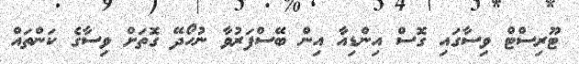
ޓޫރިސްޓް ވިސާގައި ގޮސް އިންޑިއާ އިން ބޭސްފަރުވާ ނުހޯދޭ ގޮތަށް ވިސާގެ ކަންތައް